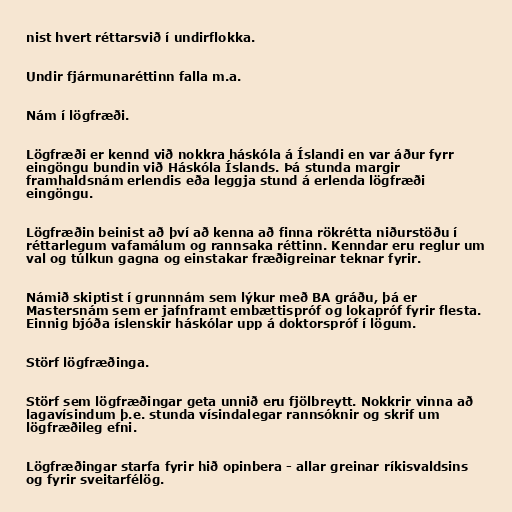
nist hvert réttarsvið í undirflokka.

Undir fjármunaréttinn falla m.a.

Nám í lögfræði.

Lögfræði er kennd við nokkra háskóla á Íslandi en var áður fyrr
eingöngu bundin við Háskóla Íslands. Þá stunda margir
framhaldsnám erlendis eða leggja stund á erlenda lögfræði
eingöngu.

Lögfræðin beinist að því að kenna að finna rökrétta niðurstöðu í
réttarlegum vafamálum og rannsaka réttinn. Kenndar eru reglur um
val og túlkun gagna og einstakar fræðigreinar teknar fyrir.

Námið skiptist í grunnnám sem lýkur með BA gráðu, þá er
Mastersnám sem er jafnframt embættispróf og lokapróf fyrir flesta.
Einnig bjóða íslenskir háskólar upp á doktorspróf í lögum.

Störf lögfræðinga.

Störf sem lögfræðingar geta unnið eru fjölbreytt. Nokkrir vinna að
lagavísindum þ.e. stunda vísindalegar rannsóknir og skrif um
lögfræðileg efni.

Lögfræðingar starfa fyrir hið opinbera - allar greinar ríkisvaldsins
og fyrir sveitarfélög.